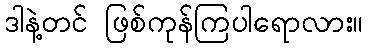
ဒါနဲ့တင် ဖြစ်ကုန်ကြပါရောလား။